Vaccine operations Central Provinces & Berar 1922-1929 - 1922-1929
Year: 1922
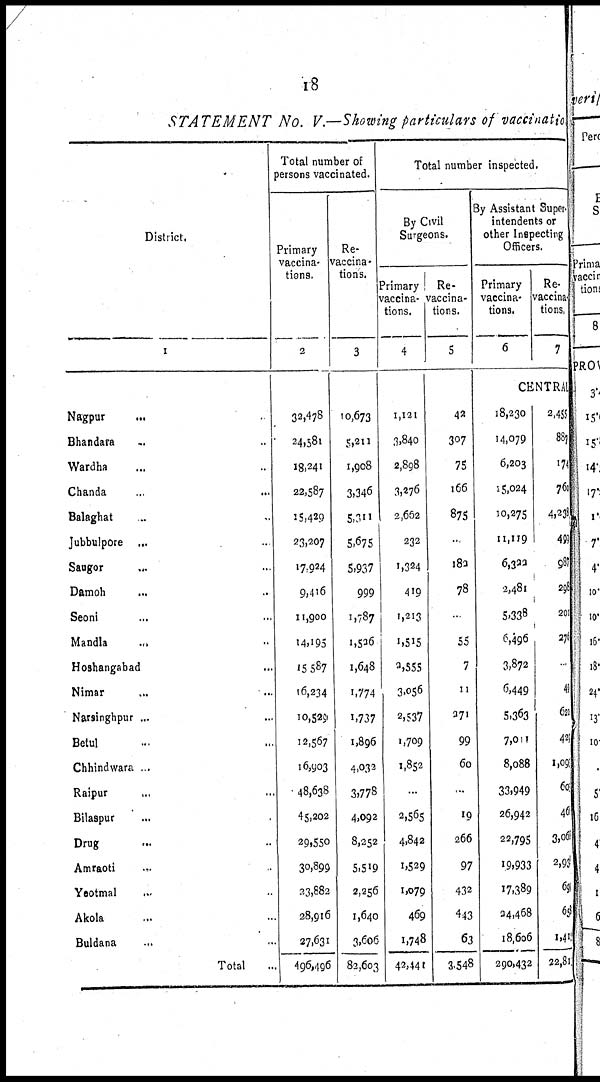
18
STATEMENT No. V.—Showing particulars of vaccination
District.
1
Nagpur
... ...
Bhandara ... ...
Wardha ... ...
Chanda ... ...
Balaghat ... ...
Jubbulpore
... ...
Saugor ... ...
Damoh ... ...
Seoni ... ...
Mandla ... ...
Hoahangabad ...
Nimar ... ...
Narsinghpur ... ...
Betul ... ...
Chhindwara ... ...
Raipur ... ...
Bilaspur ... ...
Drug ... ...
Amraoti ... ...
Yeotmal ... ...
Akola ... ...
Buldana ... ...
Total ...
Total number of
persons vaccinated.
Primary
vaccina-
tions.
2
32,478
24,581
18,241
22,587
15,429
23,207
17,924
9,416
11,900
14,195
15,587
16,234
10,529
12,567
16,903
48,638
45,202
29,550
30,899
33,882
28,916
27,631
496,496
Re¬
vaccina-
tions.
3
10,673
5,211
1,908
3,346
5,311
5,675
5,937
999
1,787
1,526
1,648
1,774
1,737
1,896
4,032
3,778
4,092
8,252
5,519
2,256
1,640
3,606
82,603
Total number inspected.
By Civil
Surgeons.
Primary
vaccina-
tions.
4
1,121
3,840
2,898
3,276
2,652
232
1,324
419
1,213
1,515
2,555
3,056
2,537
1,709
1,852
...
2,565
4,842
1,529
1,079
469
1,748
42,441
Re¬
vaccina-
tions.
5
42
307
75
166
875
...
182
78
...
55
7
11
271
99
60
...
19
266
97
432
443
63
3,548
By Assistant Super-
intendents or
other Inspecting
Officers.
Primary
vaccina-
tions.
6
Re¬
vaccina-
tions.
7
CENTRAL
18,230
14,079
6,203
15,024
10,275
11,119
6,322
2,481
5,338
6,496
3,872
6,449
5,363
7,011
8,088
33,949
26,942
22,795
19,933
17,389
24,468
18,606
290,432
2,455
887
174
760
4,238
499
987
298
201
276
...
49
621
421
1,093
609
465
3,o65
2,931
693
658
1,415
22,811